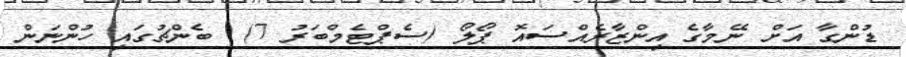
ޑުންގާ އަށް ނޭމާގެ އިންޒާރެއްސައޮ ޕޯލޯ (ސެޕްޓެމްބަރު 7)  ބެންޗުގައި ހުންނަން